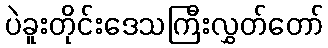
ပဲခူးတိုင်းဒေသကြီးလွှတ်တော်